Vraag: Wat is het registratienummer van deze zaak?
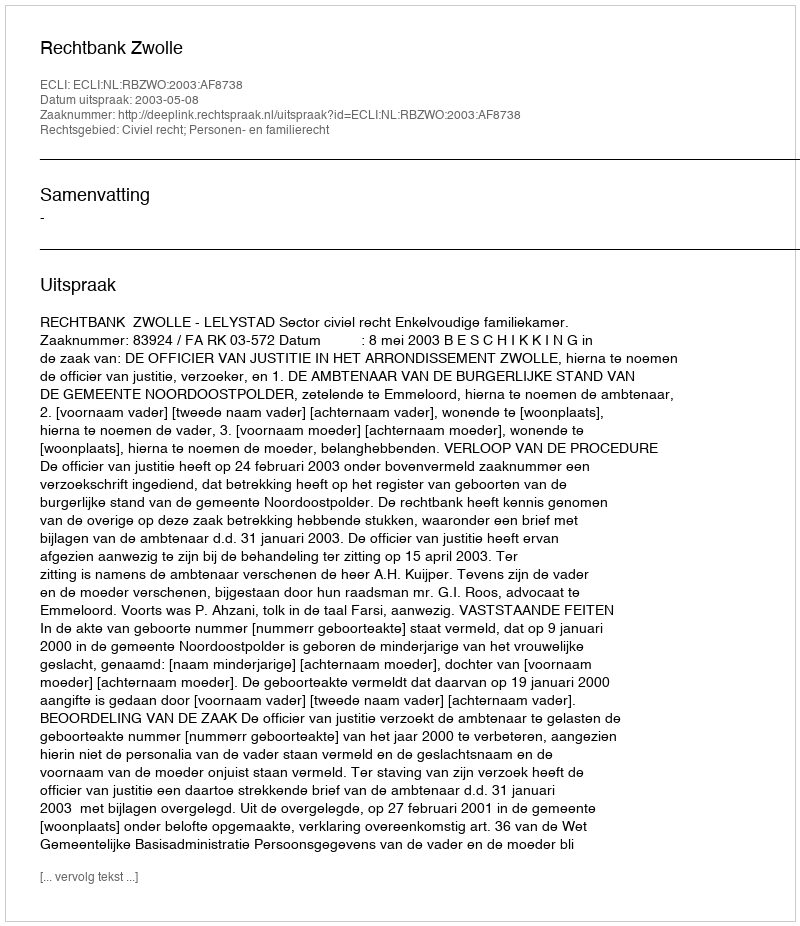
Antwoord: http://deeplink.rechtspraak.nl/uitspraak?id=ECLI:NL:RBZWO:2003:AF8738